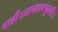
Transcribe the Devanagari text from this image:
नाही।आनंदवनभुवनी।।